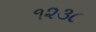
૧૨૩૮